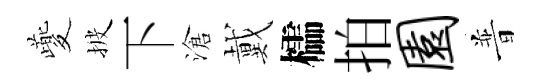
夔披下滄戴櫺拍园普